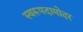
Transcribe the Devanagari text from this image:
स्वरूपदामोदर